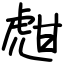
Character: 甝